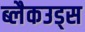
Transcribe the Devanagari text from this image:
ब्लैकउड्स